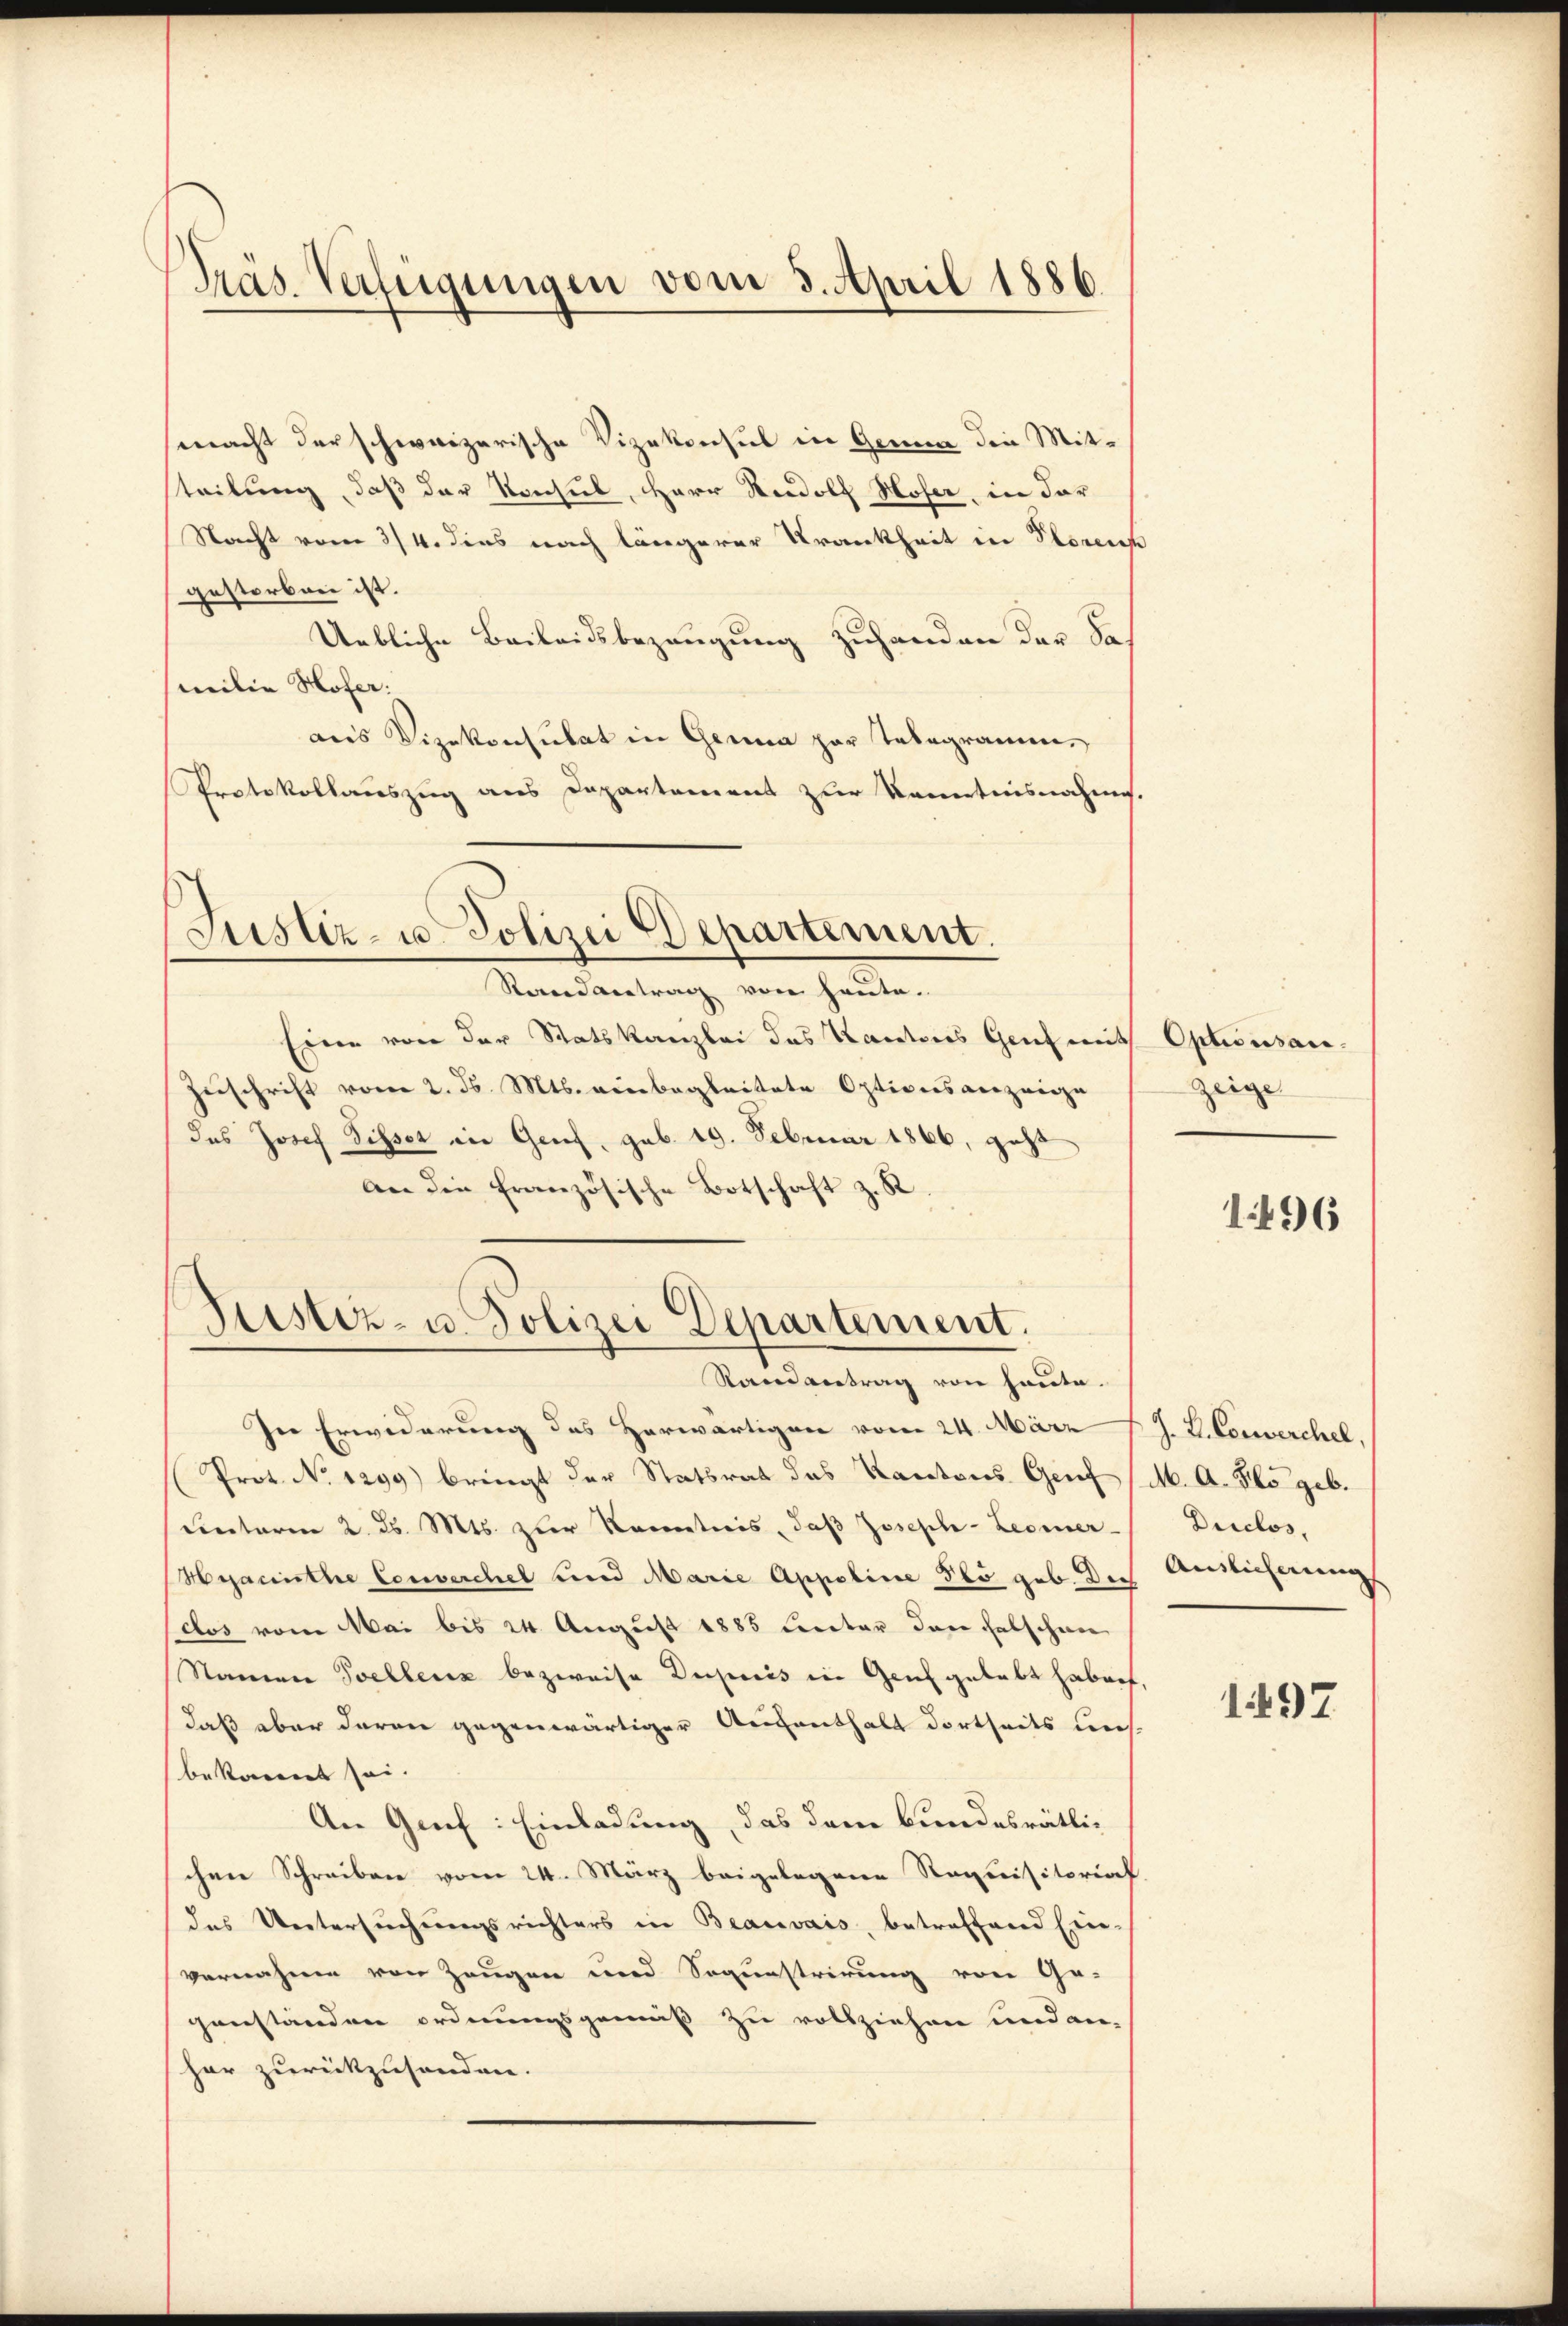
Präs. Verfügungen vom 3. April 1886.

smacht der schweizerische Vizekonsul in Genua die Mitteilung, daß der Konsul, Herr Rudolf Hoser, in dar
Nacht vom 3/4. dies nach längerer Krankheit in Storen
gestorben ist.
Uebliche Beileidsbezeugung zuhanden der Samilie Hofer.
aus Vizekonsulat in Genua par Telegramm¬
Protokollauszug aus Departement zur Kenntnisnahme.

Justiz- u. Polizei Departement.
Randantrag von heute.

Geister- u. Polizei Departement.

Eine von der Statskanzlei des Kantons Genf mit Optionsan¬
Zuschrift vom 2. ds. Mts. einbegleitete Optionsanzeige
das Josef Sisser in Genf, geb. 19. Februar 1866, geht
an die französische Botschaft z. R

Randvertrag von heute.
In Erwiderung des Herwärtigen vom 24. März
Prot. No 1299) bringt der Statsrat das Kantons Genf
einterm 2. d. Mts. zur Kenntnis, daß Joseph-Leomer-
Hyacinthe Converchel und Marie Appoline so geb. In Auslicherung
dos vom Mai bis 24. August 1885 Cereter dann falschen
Namen Sellenz bezweife Dupuis in Genf gehabt haben,
Daß aber daran gegenwärtiger Aufenthalt dortseits uns
bekannt sei.
An Genf: Einladung, das dem bundesrätli-
chen Schreiben vom 24. März beigelegene Requisitorial
das Untersuchungsrichters in Beauvais, betreffend Ein-
vernahme von Zeugen und Sequestrirung von Ge-
genständen ordnungsgemäß zu vollziehen und anhar zurückzusenden.

zeige

1496

J. L. Corverchel,
M. A. So geb.
Diclos,

1497